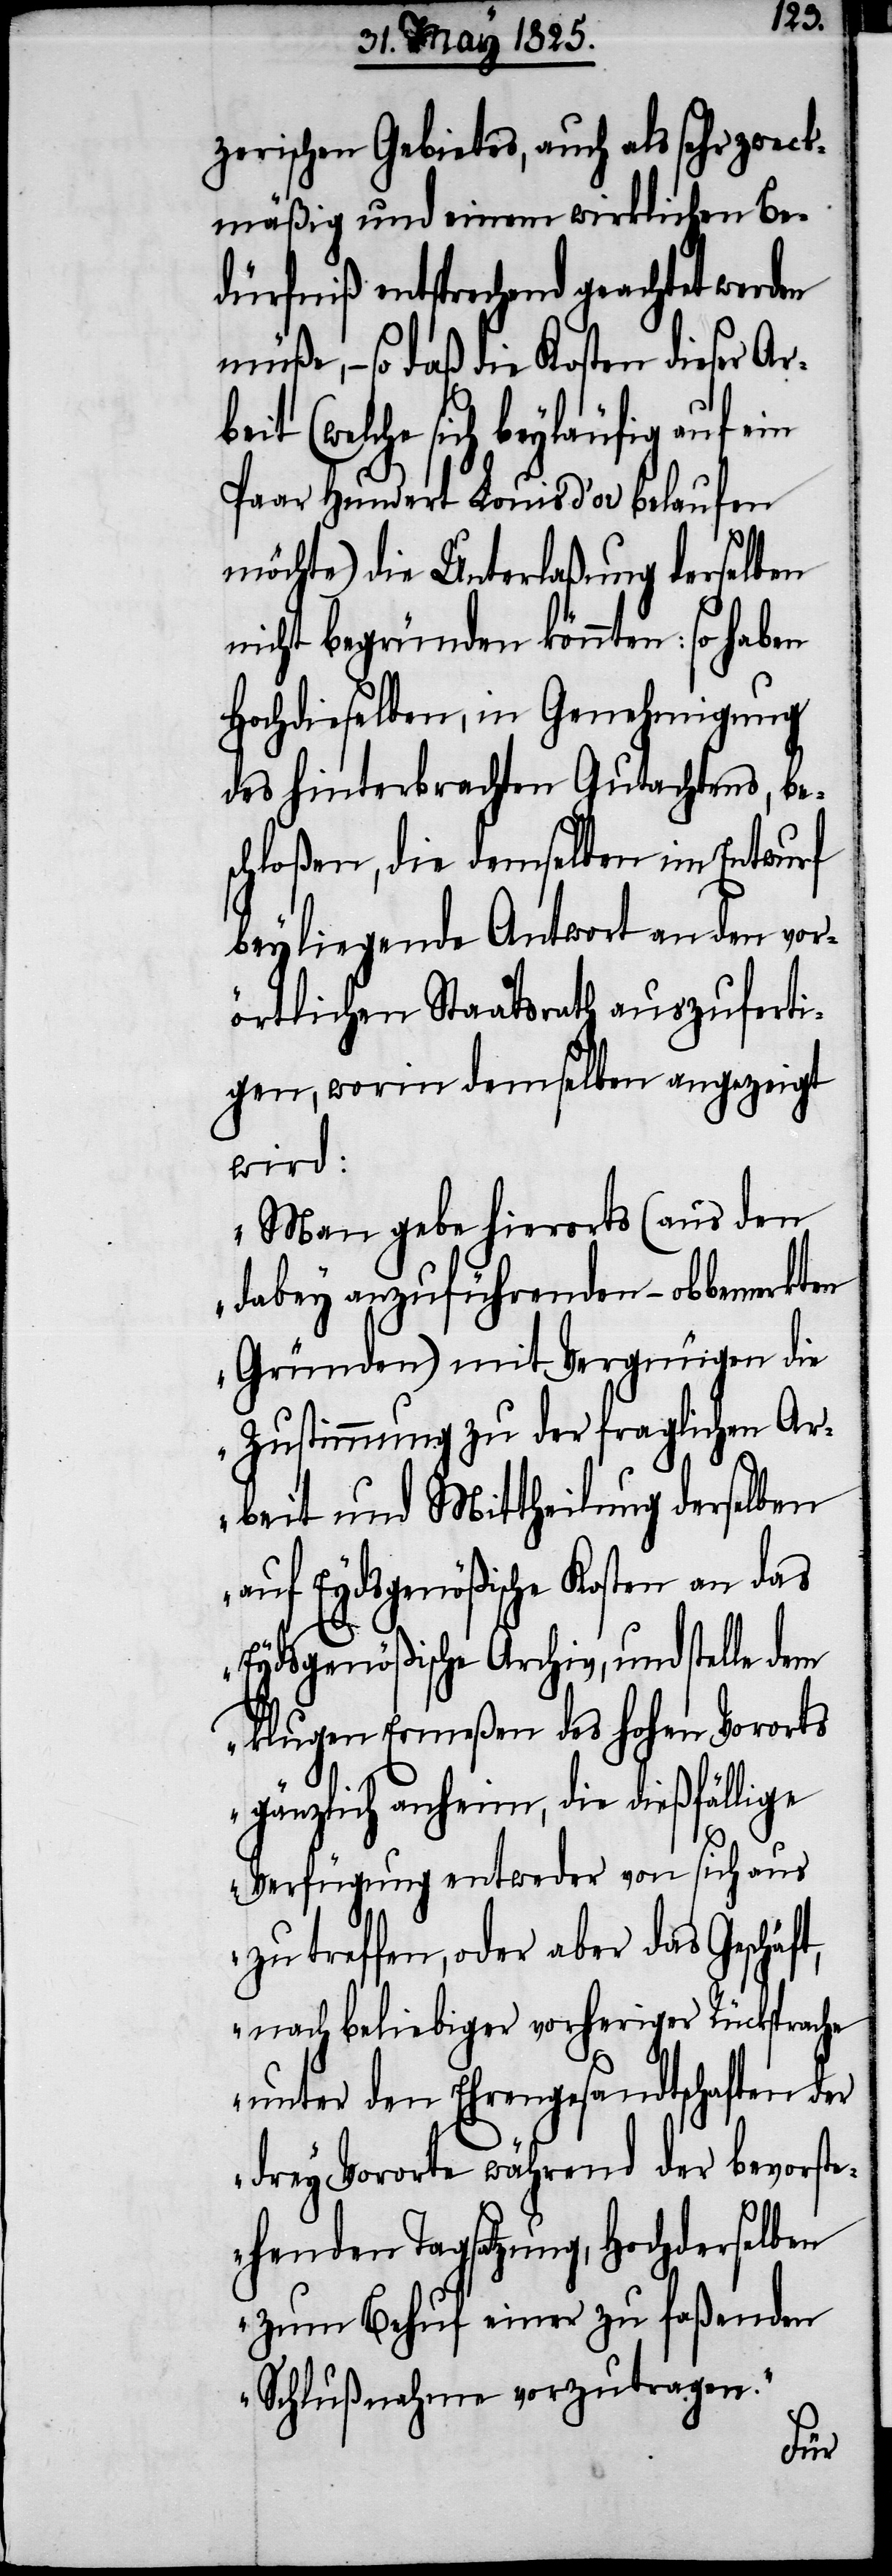
zerischen Gebietes, auch als sehr zweck¬
mäßig und einem wirklichen Be¬
dürfniß entsprechend geachtet werden
müße, – so daß die Kosten dieser Arb¬
eit (welche sich beyläufig auf
Paar Hundert Louis d’or belaufen
möchte) die Unterlaßung derselben
nicht begründen könnten: so haben
Hochdieselben, in Genehmigung
des hinterbrachten Gutachtens, be¬
schloßen, die demselben im Entwurf
beyliegende Antwort an den vor¬
örtlichen Staatsrath auszuferti¬
gen, worin demselben angezeigt
wird:
„Man gebe hierorts (aus den
dabey anzufügenden – obbemerkten
Gründen) mit Vergnügen die
Zustimmung zu der fraglichen Ar¬
beit und Mittheilung derselben
auf Eydsgenößische Kosten an das
Eydsgenößische Archiv, und stelle
klugen Ermeßen des hohen Vororts
gänzlich anheim, die dießfällige
Verfügung entweder von sich aus
zu treffen, oder aber das Geschäf¬
t, nach beliebiger vorheriger Rücksprache
unter den Ehrengesandtschaften der
drey Vororte während der bevorst¬
ehenden Tagsatzung, Hochderselben
zum Behuf einer zu faßenden
Schlußnahme vorzutragen.“
dem